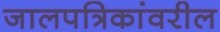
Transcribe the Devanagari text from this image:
जालपत्रिकांवरील